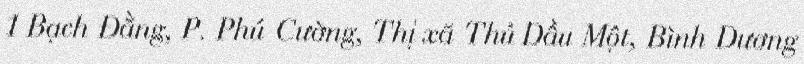
1 Bạch Đằng, P. Phú Cường, Thị xã Thủ Dầu Một, Bình Dương